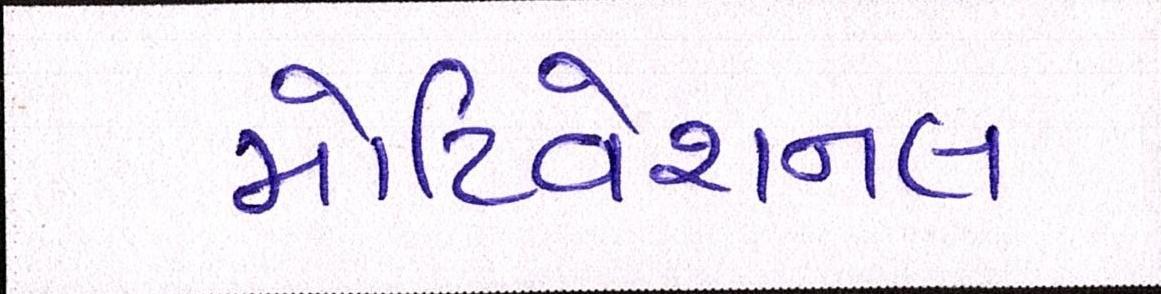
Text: મોટિવેશનલ